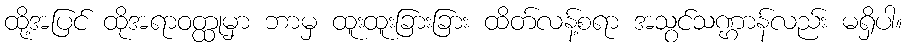
ထို့အပြင် ထိုအရာဝတ္ထုမှာ ဘာမှ ထူးထူးခြားခြား ထိတ်လန့်စရာ အသွင်သဏ္ဌာန်လည်း မရှိပါ။